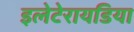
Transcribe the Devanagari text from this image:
इलेटेरायडिया